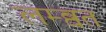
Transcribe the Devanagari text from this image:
लम्ब्वत